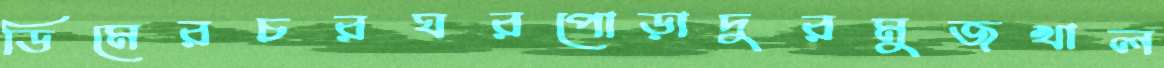
ডিমেরচরঘরপোড়াদুরমুজখাল